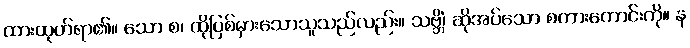
ထားထုတ်ရာ၏။ သော စ၊ ထိုပြစ်မှားသောသူသည်လည်း။ သဗ္ဘိံ၊ ဆိုအပ်သော စကားကောင်းကို။ န